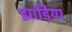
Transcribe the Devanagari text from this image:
झाड़िया